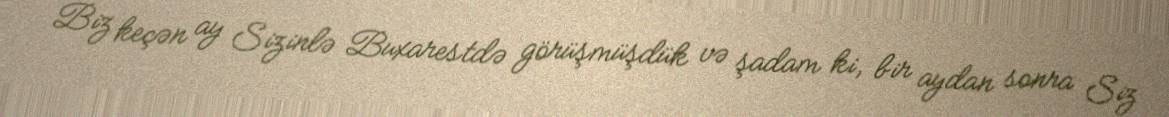
Biz keçən ay Sizinlə Buxarestdə görüşmüşdük və şadam ki, bir aydan sonra Siz